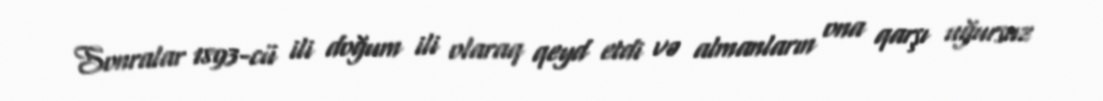
Sonralar 1893-cü ili doğum ili olaraq qeyd etdi və almanların ona qarşı uğursuz